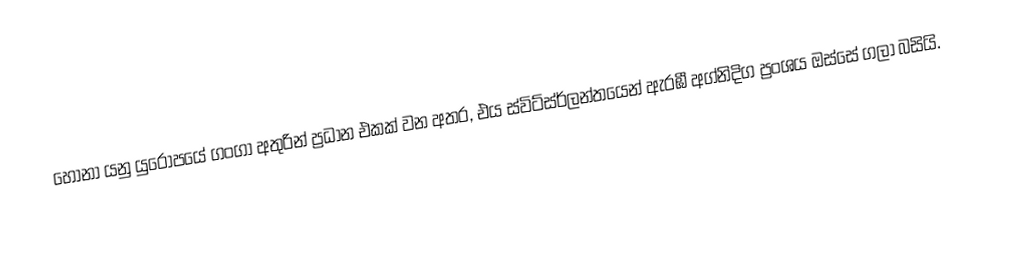
හෝනා  යනු යුරෝපයේ ගංගා අතුරින් ප්‍රධාන එකක් වන අතර, එය ස්විට්ස්ර්ලන්තයෙන් ඇරඹී අග්නිදිග ප්‍රංශය ඔස්සේ ගලා බසියි.